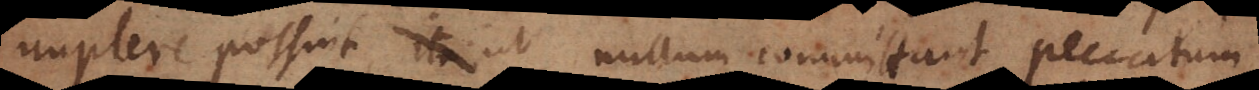
implere possint ut nullum committant peccatum